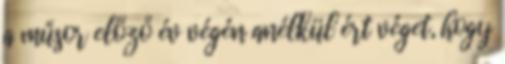
a műsor előző év végén anélkül ért véget, hogy